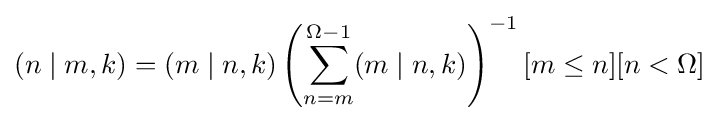
(n\mid m,k)=(m\mid n,k)\left(\sum _{n=m}^{\Omega -1}(m\mid n,k)\right)^{-1}[m\leq n][n<\Omega ]